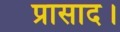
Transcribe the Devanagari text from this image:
प्रासाद।